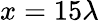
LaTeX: x=15\lambda